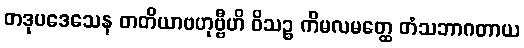
တဒုပဒေသေန တတိယာဗဟုဗ္ဗီဟိ ဝိသဉ္စ ကိမလမတ္ထေ တံသဘာဂတာယ